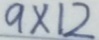
9 \times 1 2